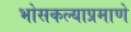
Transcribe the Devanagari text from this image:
भोसकल्याप्रमाणे